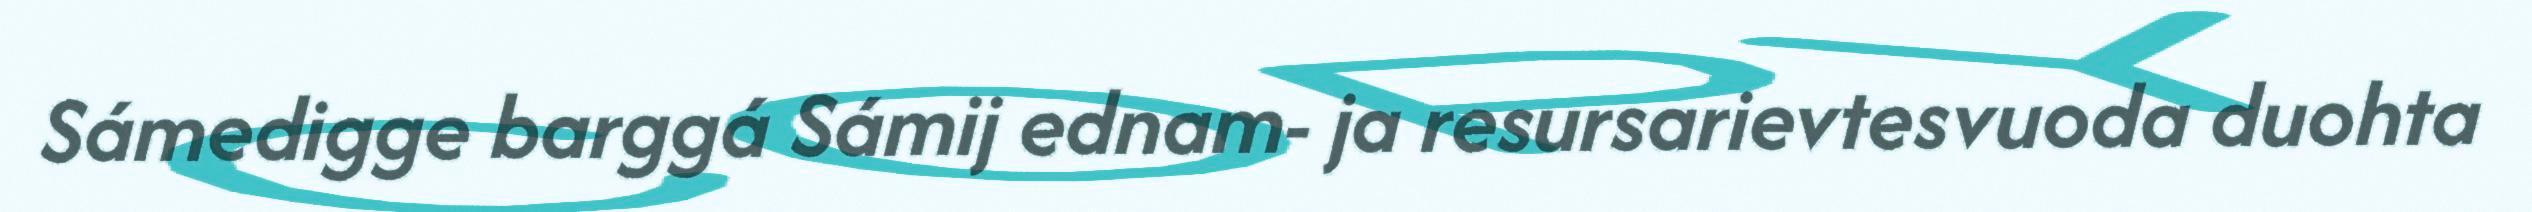
Sámedigge barggá Sámij ednam- ja resursarievtesvuoda duohta